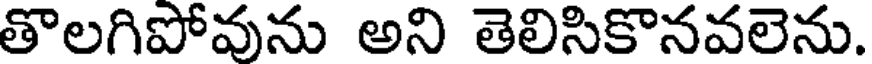
తొలగిపోవును అని తెలిసికొనవలెను.